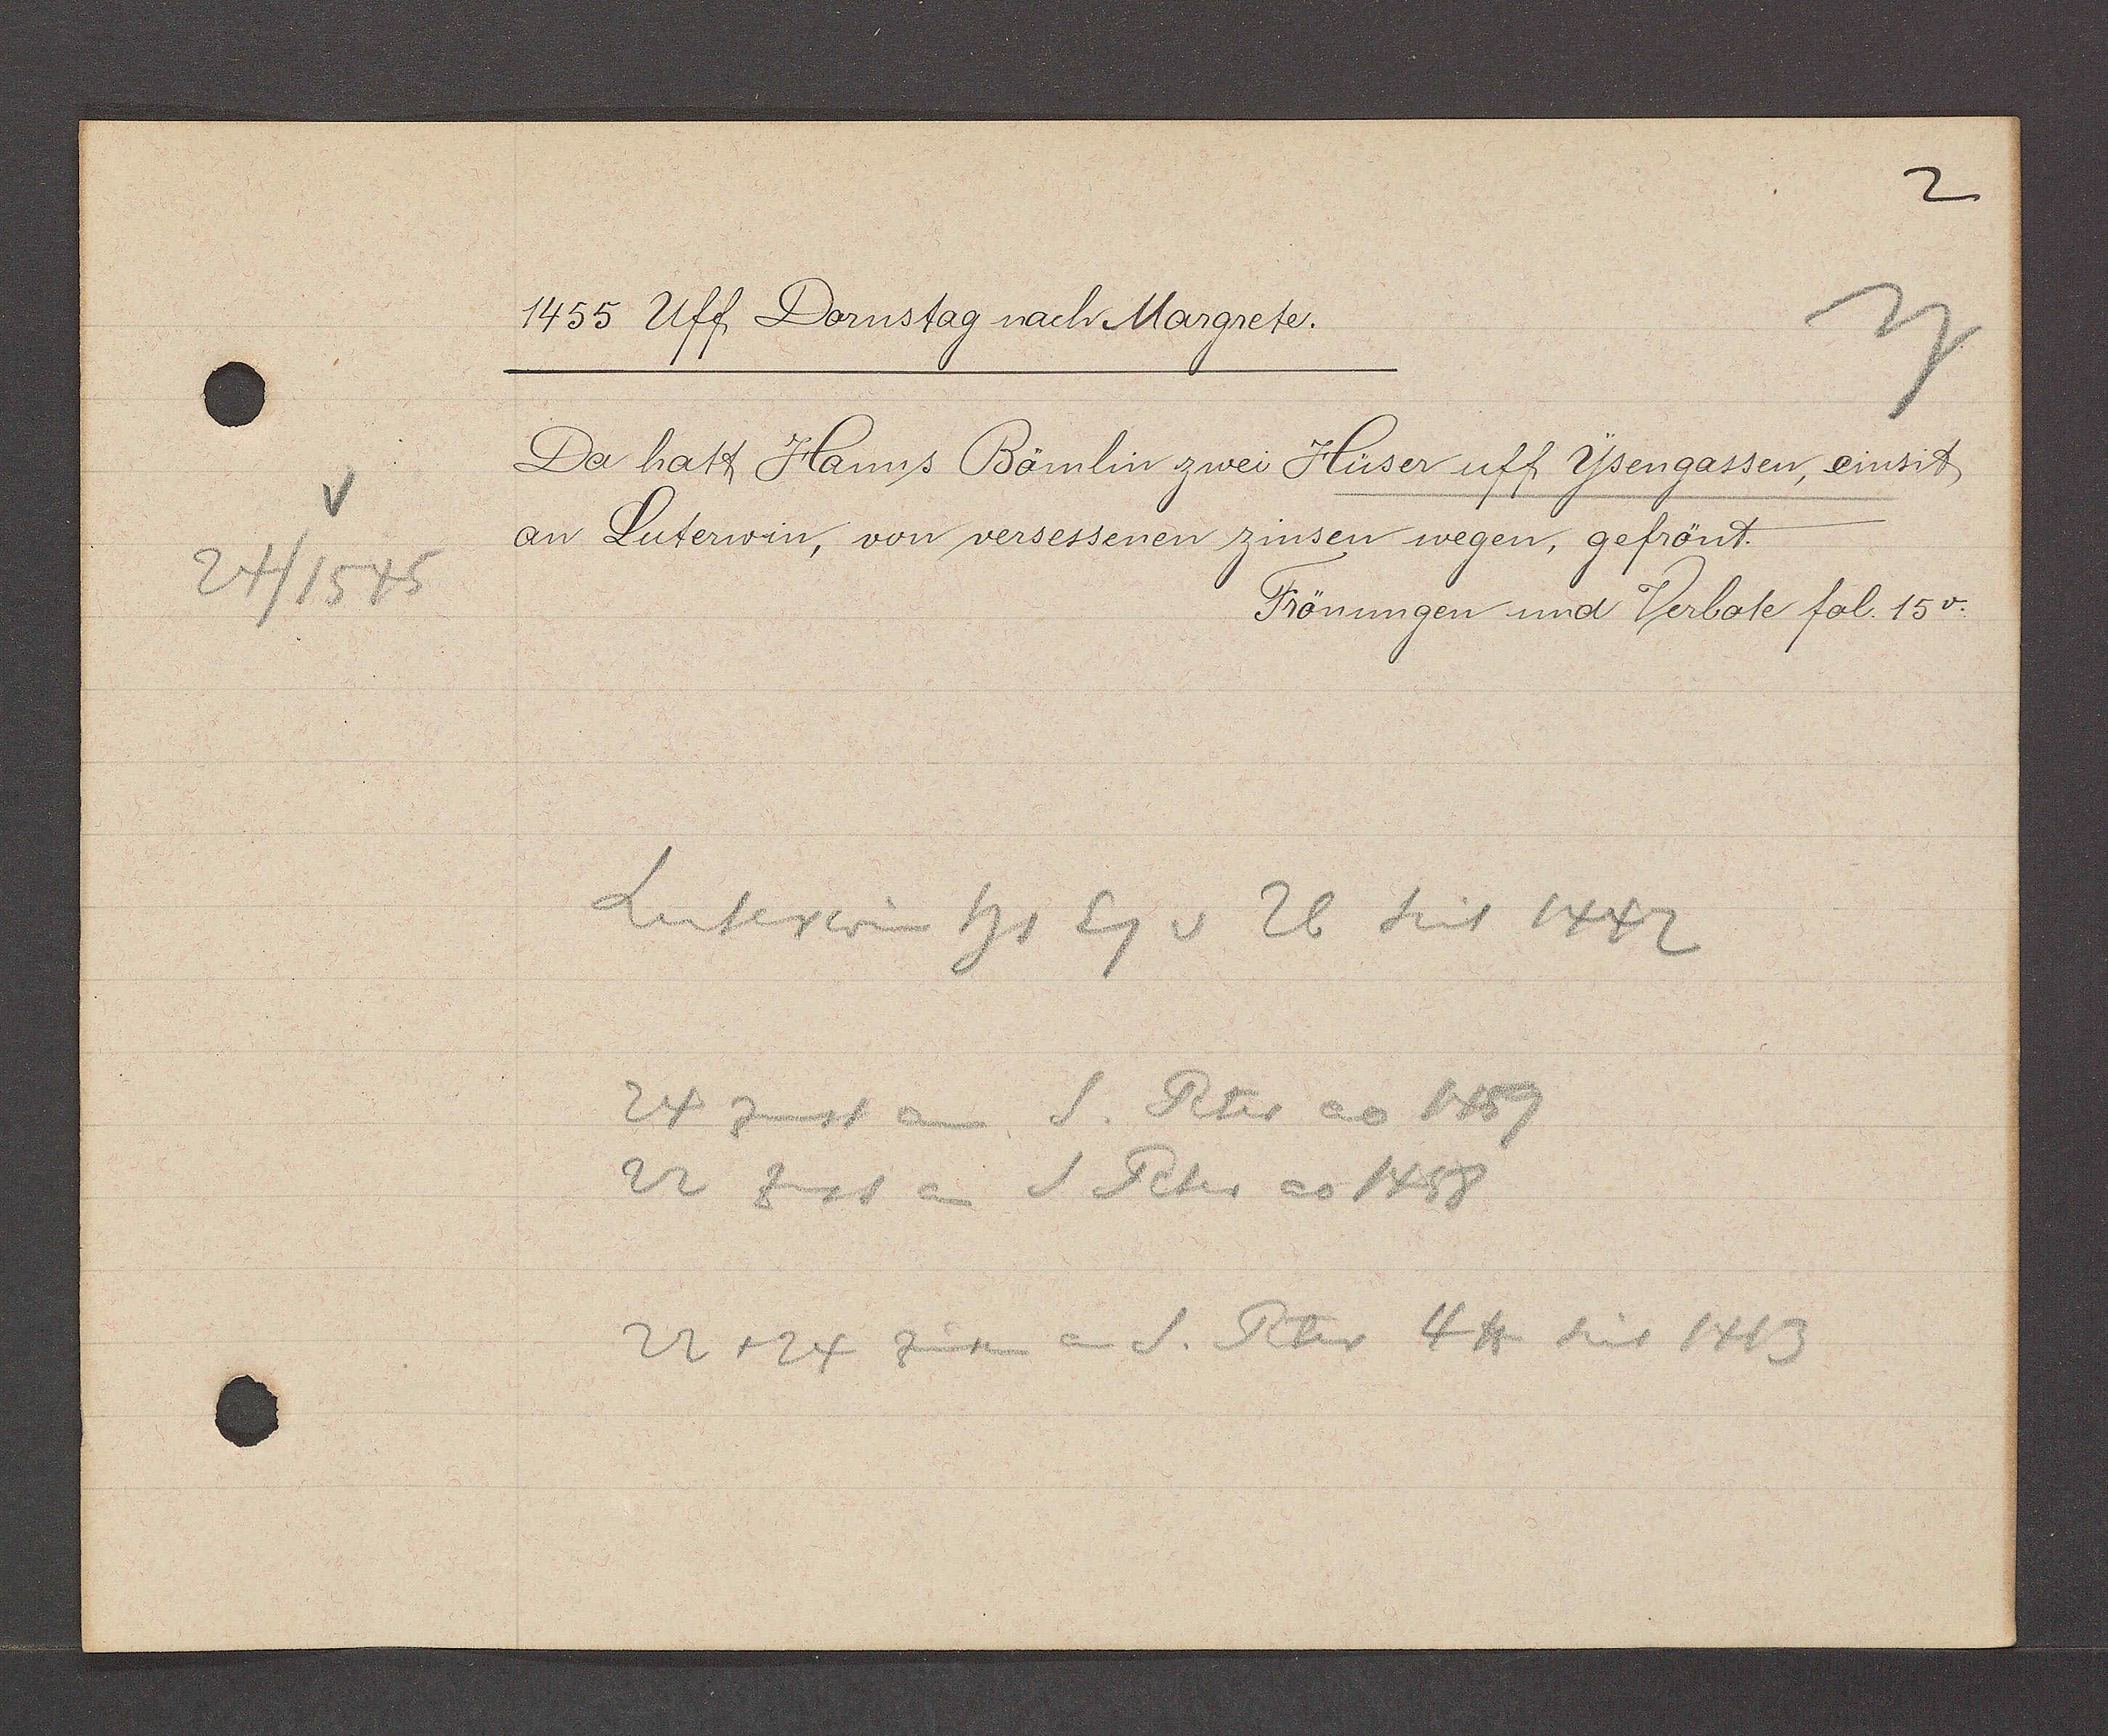
Transcript:
24/1545

1455 Uff Dornstag nach Margrete.
Da hatt Hanns Bämlin zwei Hüser uff Ysengassen, einsit
an Luterwin, von versessenen zinsen wegen, gefrönt
Frönungen und Verbote fol. 15v.
Luterwin hs Eg v 26 Seit 1442
24 zinst an S. Peter ao 1459
22 zinst an S. Peter ao 1458
22 + 24 zinsen an S. Peter 4 ℔ Seit 1413